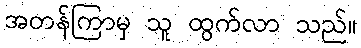
အတန်ကြာမှ သူ ထွက်လာ သည်။